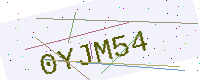
Text: 0YJM54